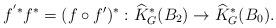
LaTeX: \begin{align*}f^{'*}f^*=(f\circ f')^*:\widehat{K}_{G}^*(B_2)\rightarrow \widehat{K}_{G}^*(B_0).\end{align*}